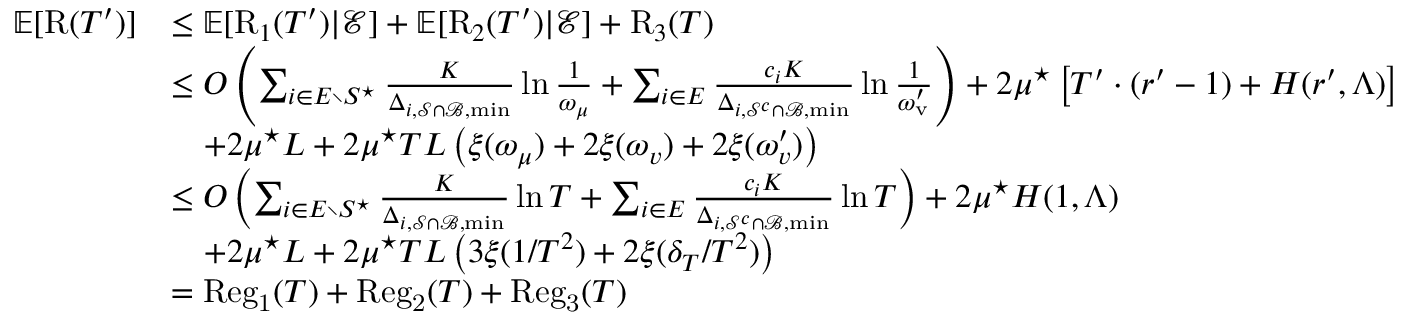
\begin{array} { r l } { \mathbb { E } [ \mathrm { R } ( T ^ { \prime } ) ] } & { \leq \mathbb { E } [ \mathrm { R } _ { 1 } ( T ^ { \prime } ) | \mathcal { E } ] + \mathbb { E } [ \mathrm { R } _ { 2 } ( T ^ { \prime } ) | \mathcal { E } ] + \mathrm { R } _ { 3 } ( T ) } \\ & { \leq O \left( \sum _ { i \in E \setminus S ^ { \star } } \frac { K } { \Delta _ { i , \mathcal { S } \cap \mathcal { B } , \operatorname* { m i n } } } \ln \frac { 1 } { \omega _ { \mu } } + \sum _ { i \in E } \frac { c _ { i } K } { \Delta _ { i , \mathcal { S } ^ { c } \cap \mathcal { B } , \operatorname* { m i n } } } \ln \frac { 1 } { \omega _ { \mathrm { v } } ^ { \prime } } \right) + 2 \mu ^ { \star } \left[ T ^ { \prime } \cdot ( r ^ { \prime } - 1 ) + H ( r ^ { \prime } , \Lambda ) \right] } \\ & { \quad + 2 \mu ^ { \star } L + 2 \mu ^ { \star } T L \left( \xi ( \omega _ { \mu } ) + 2 \xi ( \omega _ { v } ) + 2 \xi ( \omega _ { v } ^ { \prime } ) \right) } \\ & { \leq O \left( \sum _ { i \in E \setminus S ^ { \star } } \frac { K } { \Delta _ { i , \mathcal { S } \cap \mathcal { B } , \operatorname* { m i n } } } \ln T + \sum _ { i \in E } \frac { c _ { i } K } { \Delta _ { i , \mathcal { S } ^ { c } \cap \mathcal { B } , \operatorname* { m i n } } } \ln T \right) + 2 \mu ^ { \star } H ( 1 , \Lambda ) } \\ & { \quad + 2 \mu ^ { \star } L + 2 \mu ^ { \star } T L \left( 3 \xi ( 1 / T ^ { 2 } ) + 2 \xi ( \delta _ { T } / T ^ { 2 } ) \right) } \\ & { = \mathrm { R e g } _ { \mathrm { 1 } } ( T ) + \mathrm { R e g } _ { \mathrm { 2 } } ( T ) + \mathrm { R e g } _ { \mathrm { 3 } } ( T ) } \end{array}